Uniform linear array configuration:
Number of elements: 32
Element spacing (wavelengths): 1
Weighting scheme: exponential
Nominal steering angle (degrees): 15
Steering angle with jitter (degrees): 14.958
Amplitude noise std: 0.05
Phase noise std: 0.05

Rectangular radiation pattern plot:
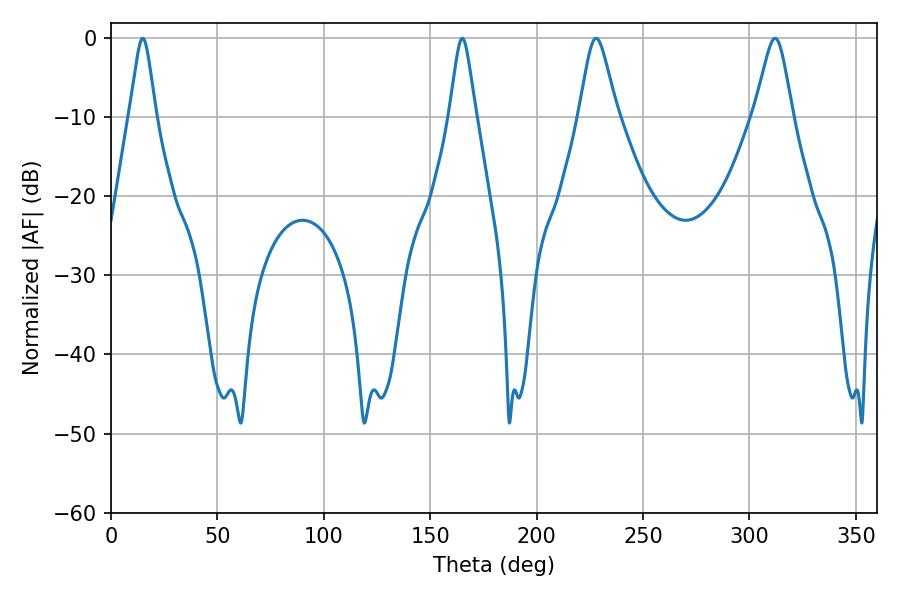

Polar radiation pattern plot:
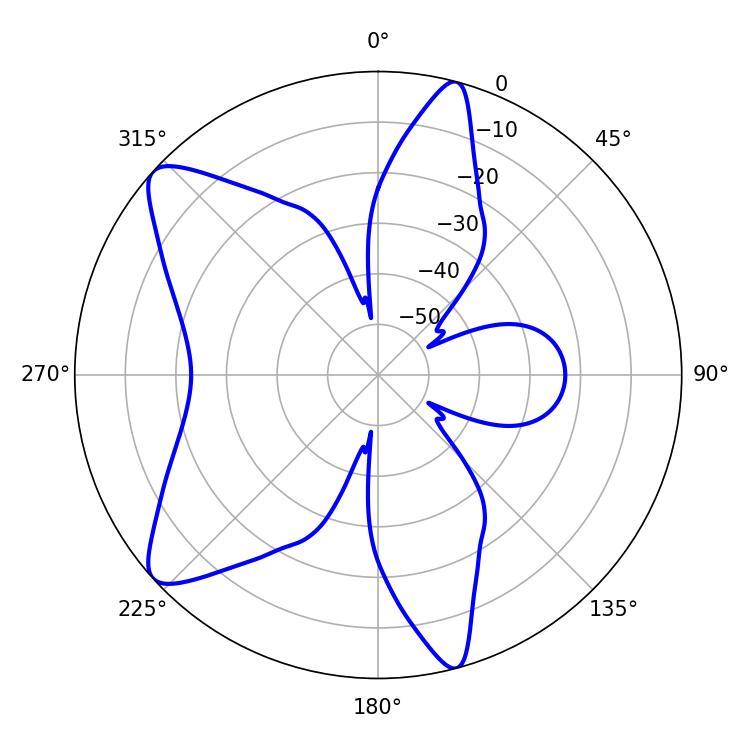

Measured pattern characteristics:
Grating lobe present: TRUE
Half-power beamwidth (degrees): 5.76
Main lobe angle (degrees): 14.94